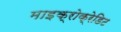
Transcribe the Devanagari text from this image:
माइक्रोक्रेडिट